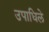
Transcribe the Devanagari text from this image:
उपाधिले